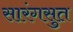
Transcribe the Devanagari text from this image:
सारंगसुत